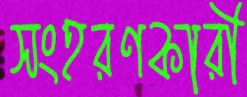
সংহরণকারী